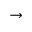
\rightarrow